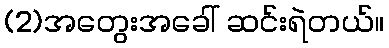
(2)အတွေးအခေါ် ဆင်းရဲတယ်။